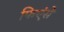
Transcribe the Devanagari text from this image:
फिएंसे